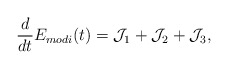
\begin{align*}\frac{d}{d t} E_{modi}(t) =\mathcal{J}_1 + \mathcal{J}_2 + \mathcal{J}_3, \end{align*}